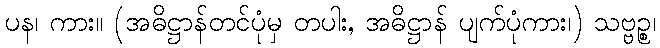
ပန၊ ကား။ (အဓိဋ္ဌာန်တင်ပုံမှ တပါး, အဓိဋ္ဌာန် ပျက်ပုံကား၊) သဗ္ဗဉ္စ၊